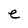
Character: e